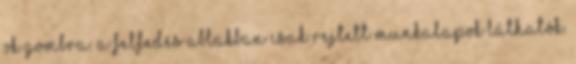
OK gombra. A Felfedés ablakban csak rejtett munkalapok láthatók.